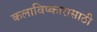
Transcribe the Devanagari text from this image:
कलाविष्कारासाठी